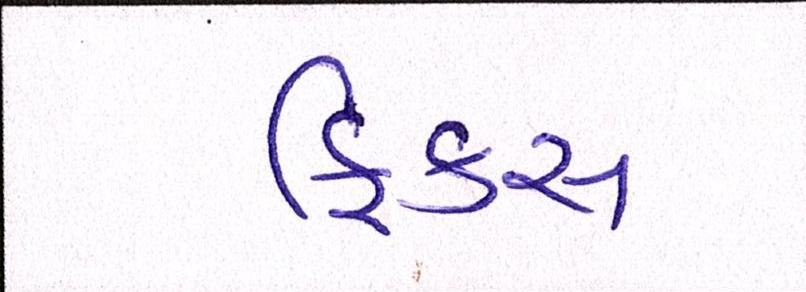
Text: ફિક્સ